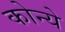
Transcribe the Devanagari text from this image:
कोन्ये